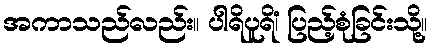
အကာသည်လည်း။ ပါရိပူရိံ၊ ပြည့်စုံခြင်းသို့။